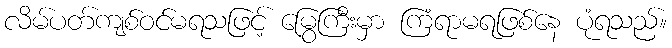
လိမ်ပတ်ကျစ်ဝင်မရသဖြင့် မြွေကြီးမှာ ကြံရာမရဖြစ်နေ ပုံရသည်။